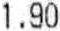
1.90